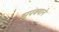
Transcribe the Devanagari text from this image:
झुपक्याने